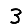
Digit: 3